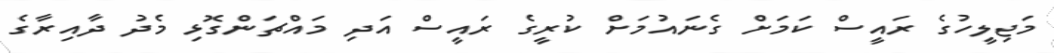
މަޖިލީހުގެ ރައީސް ކަަމަށް ގެނައުމަށް ކުރީގެ ރައީސް އަދި މައްޗަންގޮޅި މެދު ދާއިރާގެ